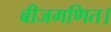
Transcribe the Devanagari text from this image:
बीजगणित।